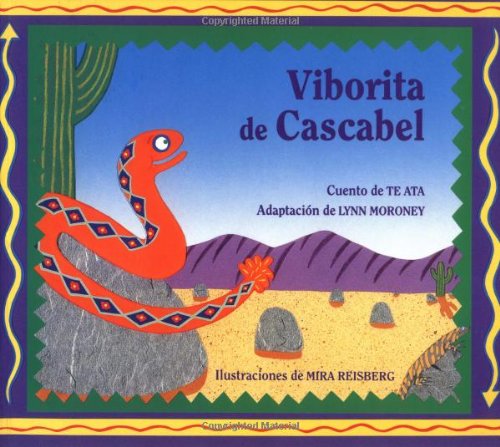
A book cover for Viborita de Cascabel: Baby Rattlesnake, Spanish-Language Edition (Spanish Edition); Children's Books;